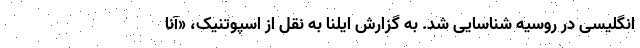
انگلیسی در روسیه شناسایی شد. به گزارش ایلنا به نقل از اسپوتنیک، «آنا